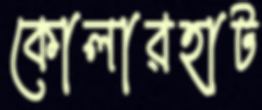
কোলারহাট